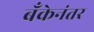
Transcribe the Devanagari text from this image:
बँकेनंतर